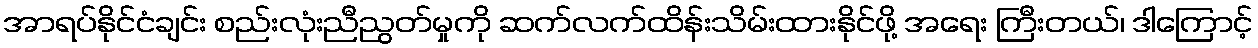
အာရပ်နိုင်ငံချင်း စည်းလုံးညီညွတ်မှုကို ဆက်လက်ထိန်းသိမ်းထားနိုင်ဖို့ အရေး ကြီးတယ်၊ ဒါကြောင့်